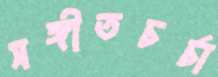
সঙ্গীতচর্চা